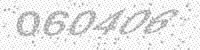
Solution: 060406